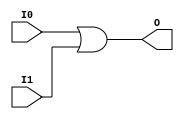
`timescale 1ns / 1ps
//////////////////////////////////////////////////////////////////////////////////
// Company: 
// Engineer: 
// 
// Design Name: 
// Module Name:    OR2_8 
// Project Name: 
// Target Devices: 
// Tool versions: 
// Description: 
//
// Dependencies: 
//
// Revision: 
// Revision 0.01 - File Created
// Additional Comments: 
//
//////////////////////////////////////////////////////////////////////////////////
module OR2_8(
    input [7:0] I0,
    input [7:0] I1,
    output [7:0] O
    );
	 
	 assign O = I0 | I1;


endmodule